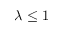
\lambda \leq 1